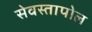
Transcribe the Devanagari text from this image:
सेवस्तापोल